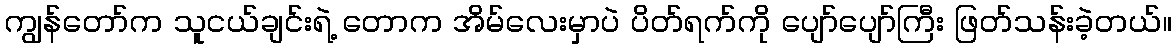
ကျွန်တော်က သူငယ်ချင်းရဲ့ တောက အိမ်လေးမှာပဲ ပိတ်ရက်ကို ပျော်ပျော်ကြီး ဖြတ်သန်းခဲ့တယ်။